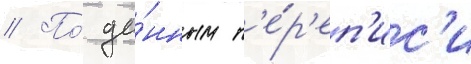
// По́ да́нным п'е́р'еп'ис'и